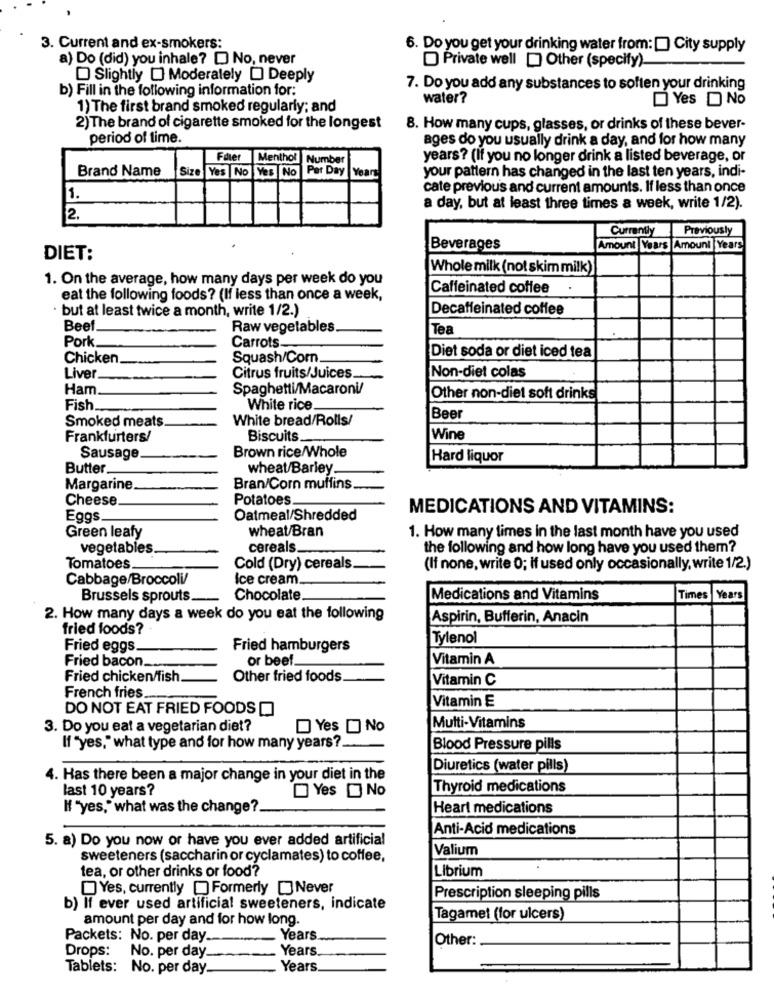
3. Current and ex-smokers:
6. Do you get your drinking water from: [ City supply
a) Do (did) you inhale? D No, never
Private well [ Other (specify).
Slightly [] Moderately D Deeply
b) Fill in the following information for:
7. Do you add any substances to soften your drinking
water?
Yes D No
1) The first brand smoked regularly; and
2) The brand of cigarette smoked for the longest
8. How many cups, glasses, or drinks of these bever-
period of time.
ages do you usually drink a day, and for how many
Faler
Menthol
Number
years? (If you no longer drink a listed beverage, or
Brand Name
Size Yes No Yes No
Per Day
Year
your pattern has changed in the last ten years, indi-
cate previous and current amounts. If less than once
1.
a day, but at least three times a week, write 1/2).
2.
Currently
Previously
Beverages
Amount Years Amount Years
DIET:
Whole milk (not skim milk)
1. On the average, how many days per week do you
Caffeinated coffee
eat the following foods? (If less than once a week,
· but at least twice a month, write 1/2.)
Decaffeinated coffee
Beef
Raw vegetables.
Tea
Pork
Carrots-
Chicken
Squash/Com.
Diet soda or diet iced tea
Liver
Citrus fruits/Juices.
Non-diet colas
Ham
Spaghetti/Macaroni/
Other non-diet soft drinks
Fish
White rice
Smoked meats
White bread/Rolls/
Beer
Frankfurters/
Biscuits.
Wine
Sausage
Brown rice/Whole
Hard liquor
Butter.
wheat/Barley.
Margarine
Bran/Corn muffins.
Cheese
Potatoes.
MEDICATIONS AND VITAMINS:
Eggs
Oatmeal/Shredded
wheat/Bran
Green leafy
1. How many times in the last month have you used
vegetables.
cereals.
the following and how long have you used them?
Tomatoes.
Cold (Dry) cereals
(If none, write 0; if used only occasionally, write 1/2.)
Cabbage/Broccoli/
Ice cream.
Brussels sprouts.
Chocolate
Medications and Vitamins
Times Years
2. How many days a week do you eat the following
Aspirin, Bufferin, Anacin
fried foods?
Tylenol
Fried eggs
Fried hamburgers
or beef.
Vitamin A
Fried bacon .....
Fried chicken/fish.
Other fried foods
Vitamin C
French fries ..
Vitamin E
DO NOT EAT FRIED FOODS
3. Do you eat a vegetarian diet?
Yes D No
Multi-Vitamins
If "yes," what type and for how many years ?.
Blood Pressure pills
Diuretics (water pills)
4. Has there been a major change in your diet in the
last 10 years?
Yes No
Thyroid medications
" "yes," what was the change?
Heart medications
Anti-Acid medications
5. a) Do you now or have you ever added artificial
Valium
sweeteners (saccharin or cyclamates) to coffee,
tea, or other drinks or food?
Librium
Yes, currently [ Formerly [ Never
Prescription sleeping pills
b) If ever used artificial sweeteners, indicate
amount per day and for how long.
Tagamet (for ulcers)
Packets: No. per day ..
. Years
Other:
Drops:
Years
No. per day
Tablets: No. per day.
Years